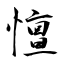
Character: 憻